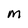
Character: M